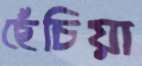
ছেঁচিয়া